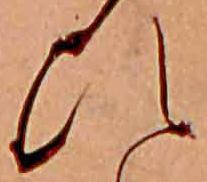
ひ